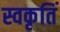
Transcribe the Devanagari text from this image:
स्वकृतिं